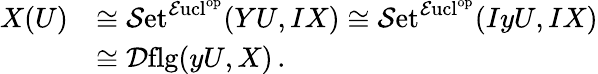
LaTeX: \begin{array}{rl}{X(U)}&{\cong{\mathcal{S}\mathrm{et}}^{{\mathcal{E}\mathrm{ucl}}^{\mathrm{op}}}(YU,IX)\cong{\mathcal{S}\mathrm{et}}^{{\mathcal{E}\mathrm{ucl}}^{\mathrm{op}}}(IyU,IX)}\\ &{\cong{\mathcal{D}\mathrm{flg}}(yU,X)\, .}\end{array}